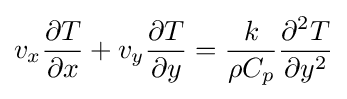
v_{x}{\partial T \over \partial x}+v_{y}{\partial T \over \partial y}={k \over \rho C_{p}}{\partial ^{2}T \over \partial y^{2}}